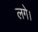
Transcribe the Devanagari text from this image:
लगे।